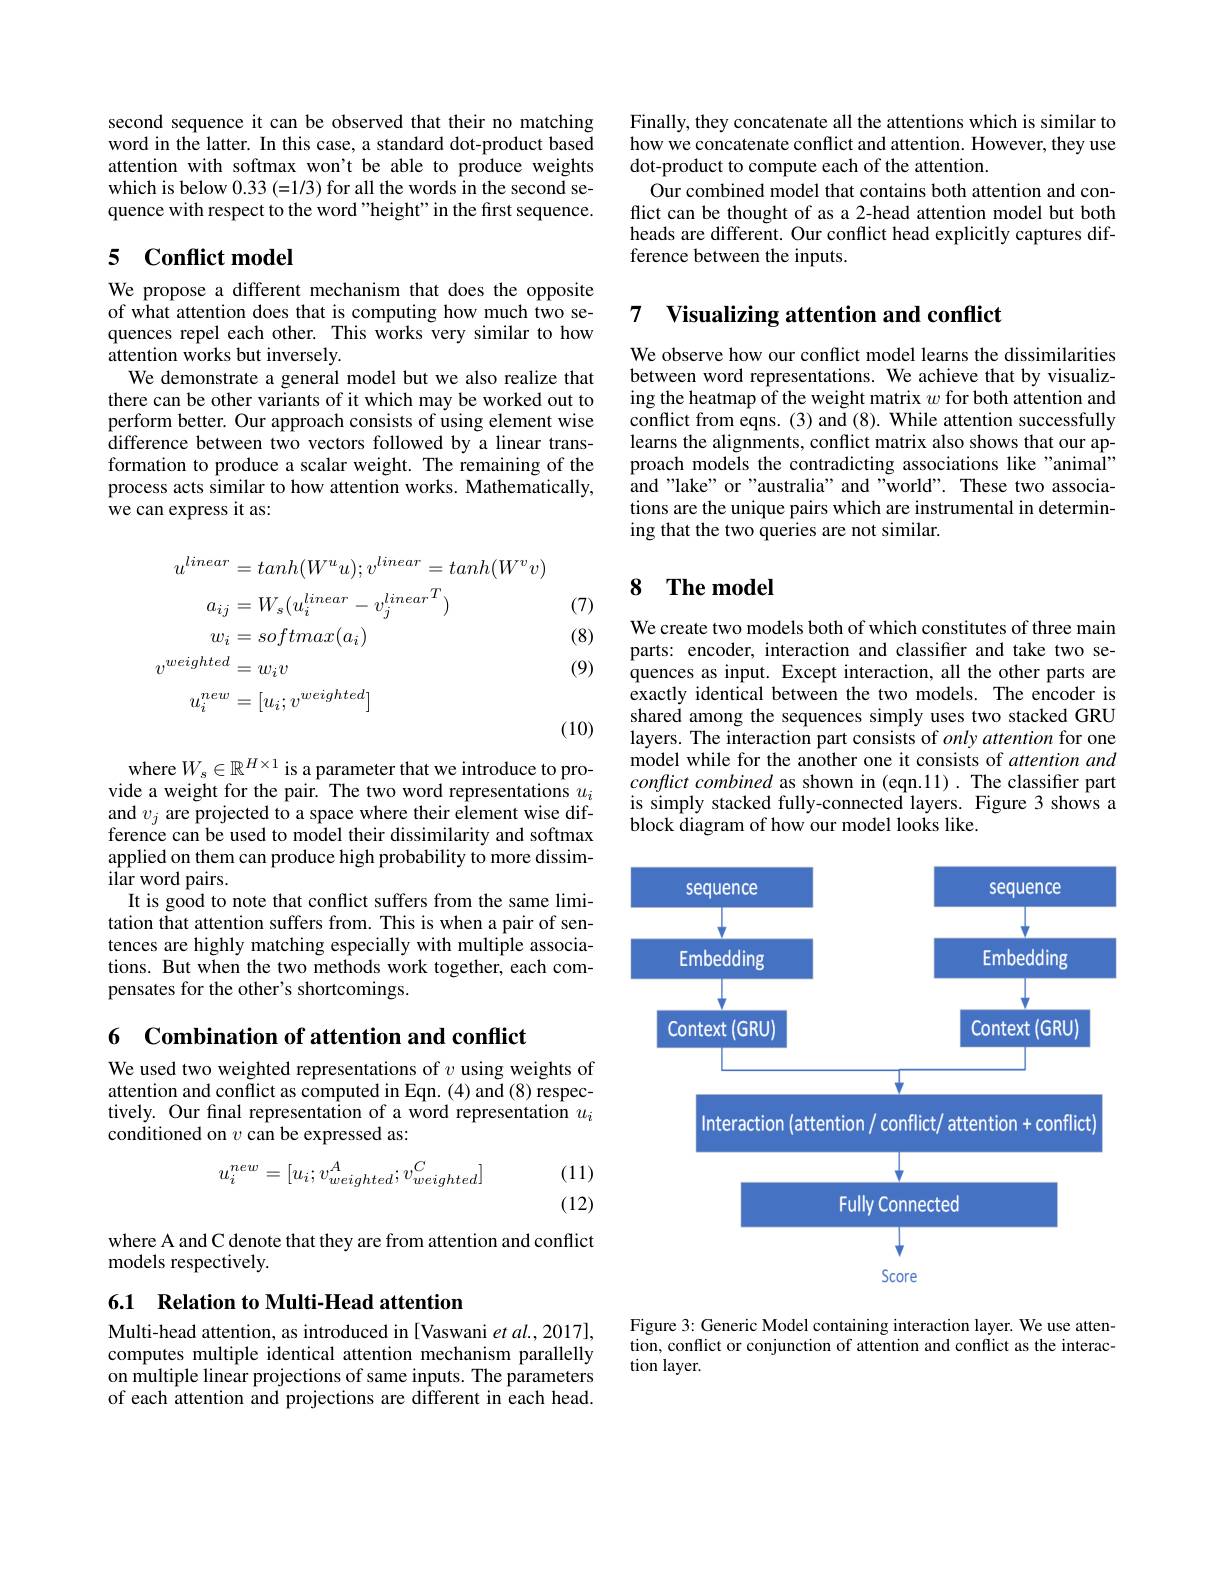
second sequence it can be observed that their no matching word in the latter. In this case, a standard dot-product based attention with softmax won't be able to produce weights which is below 0.33(=1/3) for all the words in the second sequence with respect to the word "height" in the first sequence.

## 5 $\textbf{Conflict model}$

We propose a different mechanism that does the opposite of what attention does that is computing how much two sequences repel each other. This works very similar to how attention works but inversely.
We demonstrate a general model but we also realize that there can be other variants of it which may be worked out to perform better. Our approach consists of using element wise difference between two vectors followed by a linear transformation to produce a scalar weight. The remaining of the process acts similar to how attention works. Mathematically, we can express it as:

(7)

(8)
$$\begin{aligned}u^{linear}&=tanh(W^{u}u);v^{linear}=tanh(W^{v}v)\\a_{ij}&=W_{s}(u_{i}^{linear}-v_{j}^{linear}{}^{T})\\w_{i}&=softmax(a_{i})\\v^{weighted}&=w_{i}v\\u_{i}^{new}&=[u_{i};v^{weighted}]\end{aligned}$$
(9)

(10)

where $W_s\in\mathbb{R}^{H\times1}$ is a parameter that we introduce to provide a weight for the pair. The two word representations $u_i$ and $v_j$ are projected to a space where their element wise difference can be used to model their dissimilarity and softmax applied on them can produce high probability to more dissimilar word pairs.
It is good to note that conflict suffers from the same limitation that attention suffers from. This is when a pair of sentences are highly matching especially with multiple associations. But when the two methods work together, each compensates for the other's shortcomings.

6 Combination of attention and conflict

We used two weighted representations of $v$ using weights of attention and conflict as computed in Eqn. (4) and (8) respectively. Our final representation of a word representation $u_i$ conditioned on $v$ can be expressed as:
$$u_i^{new}=[u_i;v_{weighted}^A;v_{weighted}^C]$$
(11) (12)

where A and C denote that they are from attention and conflict
models respectively.

6.1 Relation to Multi-Head attention

Multi-head attention, as introduced in [Vaswani et al., 2017], computes multiple identical attention mechanism parallelly on multiple linear projections of same inputs. The parameters of each attention and projections are different in each head.

Finally, they concatenate all the attentions which is similar to how we concatenate conflict and attention. However, they use dot-product to compute each of the attention.
Our combined model that contains both attention and conflict can be thought of as a 2-head attention model but both heads are different. Our conflict head explicitly captures difference between the inputs.

## 7 $\textbf{Visualizing attention and conflict}$

We observe how our conflict model learns the dissimilarities between word representations. We achieve that by visualizing the heatmap of the weight matrix $w$ for both attention and conflict from eqns. (3) and (8). While attention successfully learns the alignments, conflict matrix also shows that our approach models the contradicting associations like "animal" and "lake" or "australia" and "world". These two associations are the unique pairs which are instrumental in determining that the two queries are not similar.

# 8 The model

We create two models both of which constitutes of three main parts: encoder, interaction and classifer and take two sequences as input. Except interaction, all the other parts are exactly identical between the two models. The encoder is shared among the sequences simply uses two stacked GRU layers. The interaction part consists of $only\textit{attention for one}$ model while for the another one it consists of attention and $conflict\textit{ combined as shown in ( eqn. 11) . The classifier part}$ is simply stacked fully-connected layers. Figure 3 shows a block diagram of how our model looks like.

<FigureHere>

Figure 3: Generic Model containing interaction layer. We use attention, conflict or conjunction of attention and conflict as the interaction layer.